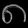
Digit: ၈